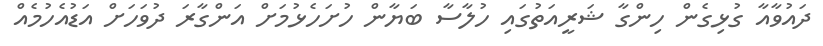
ދައުވާއާ ގުޅިގެން ހިންގާ ޝަރީއަތުގައި ހުލާސާ ބަޔާން ހުށަހެޅުމަށް އަންގާރަ ދުވަހަށް އަޑުއެހުމެއް